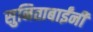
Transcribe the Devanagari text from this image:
सुनिताबाईंनी